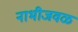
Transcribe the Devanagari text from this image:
नाभीजवळ